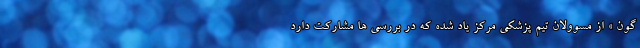
گون » از مسوولان تیم پزشکی مرکز یاد شده که در بررسی ها مشارکت دارد